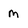
Character: m